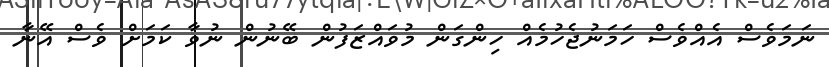
ނަމަވެސް އެއްވެސް ހަމަނުޖެހުމެއް ހިންގަން މުވައްޒަފުން ބޭނުން ނުވާ ކަމަށް ވެސް އޭނާ